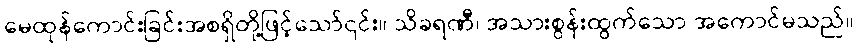
မေထုန်ကောင်းခြင်းအစရှိတို့ဖြင့်သော်၎င်း။ သိခရဏီ၊ အသားစွန်းထွက်သော အကောင်မသည်။